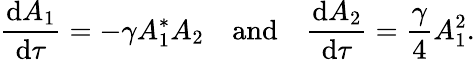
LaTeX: \frac{\mathrm{d}{A_{1}}}{\mathrm{d}{\tau}}=-\gamma A_{1}^{*}A_{2}\quad\mathrm{and}\quad\frac{\mathrm{d}{A_{2}}}{\mathrm{d}{\tau}}=\frac{\gamma}{4}A_{1}^{2}.